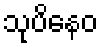
သုပိနေဝ